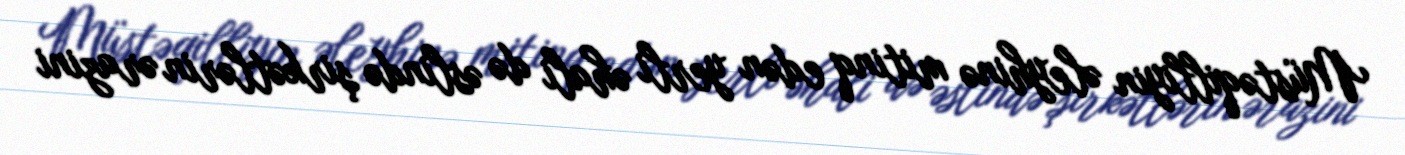
Müstəqilliyin əleyhinə mitinq edən yerli əhali də əslində şirkətlərin ərazini